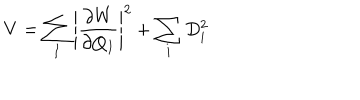
V = \sum _ { I } \left| \frac { \partial W } { \partial Q _ { I } } \right| ^ { 2 } + \sum _ { i } D _ { i } ^ { 2 }